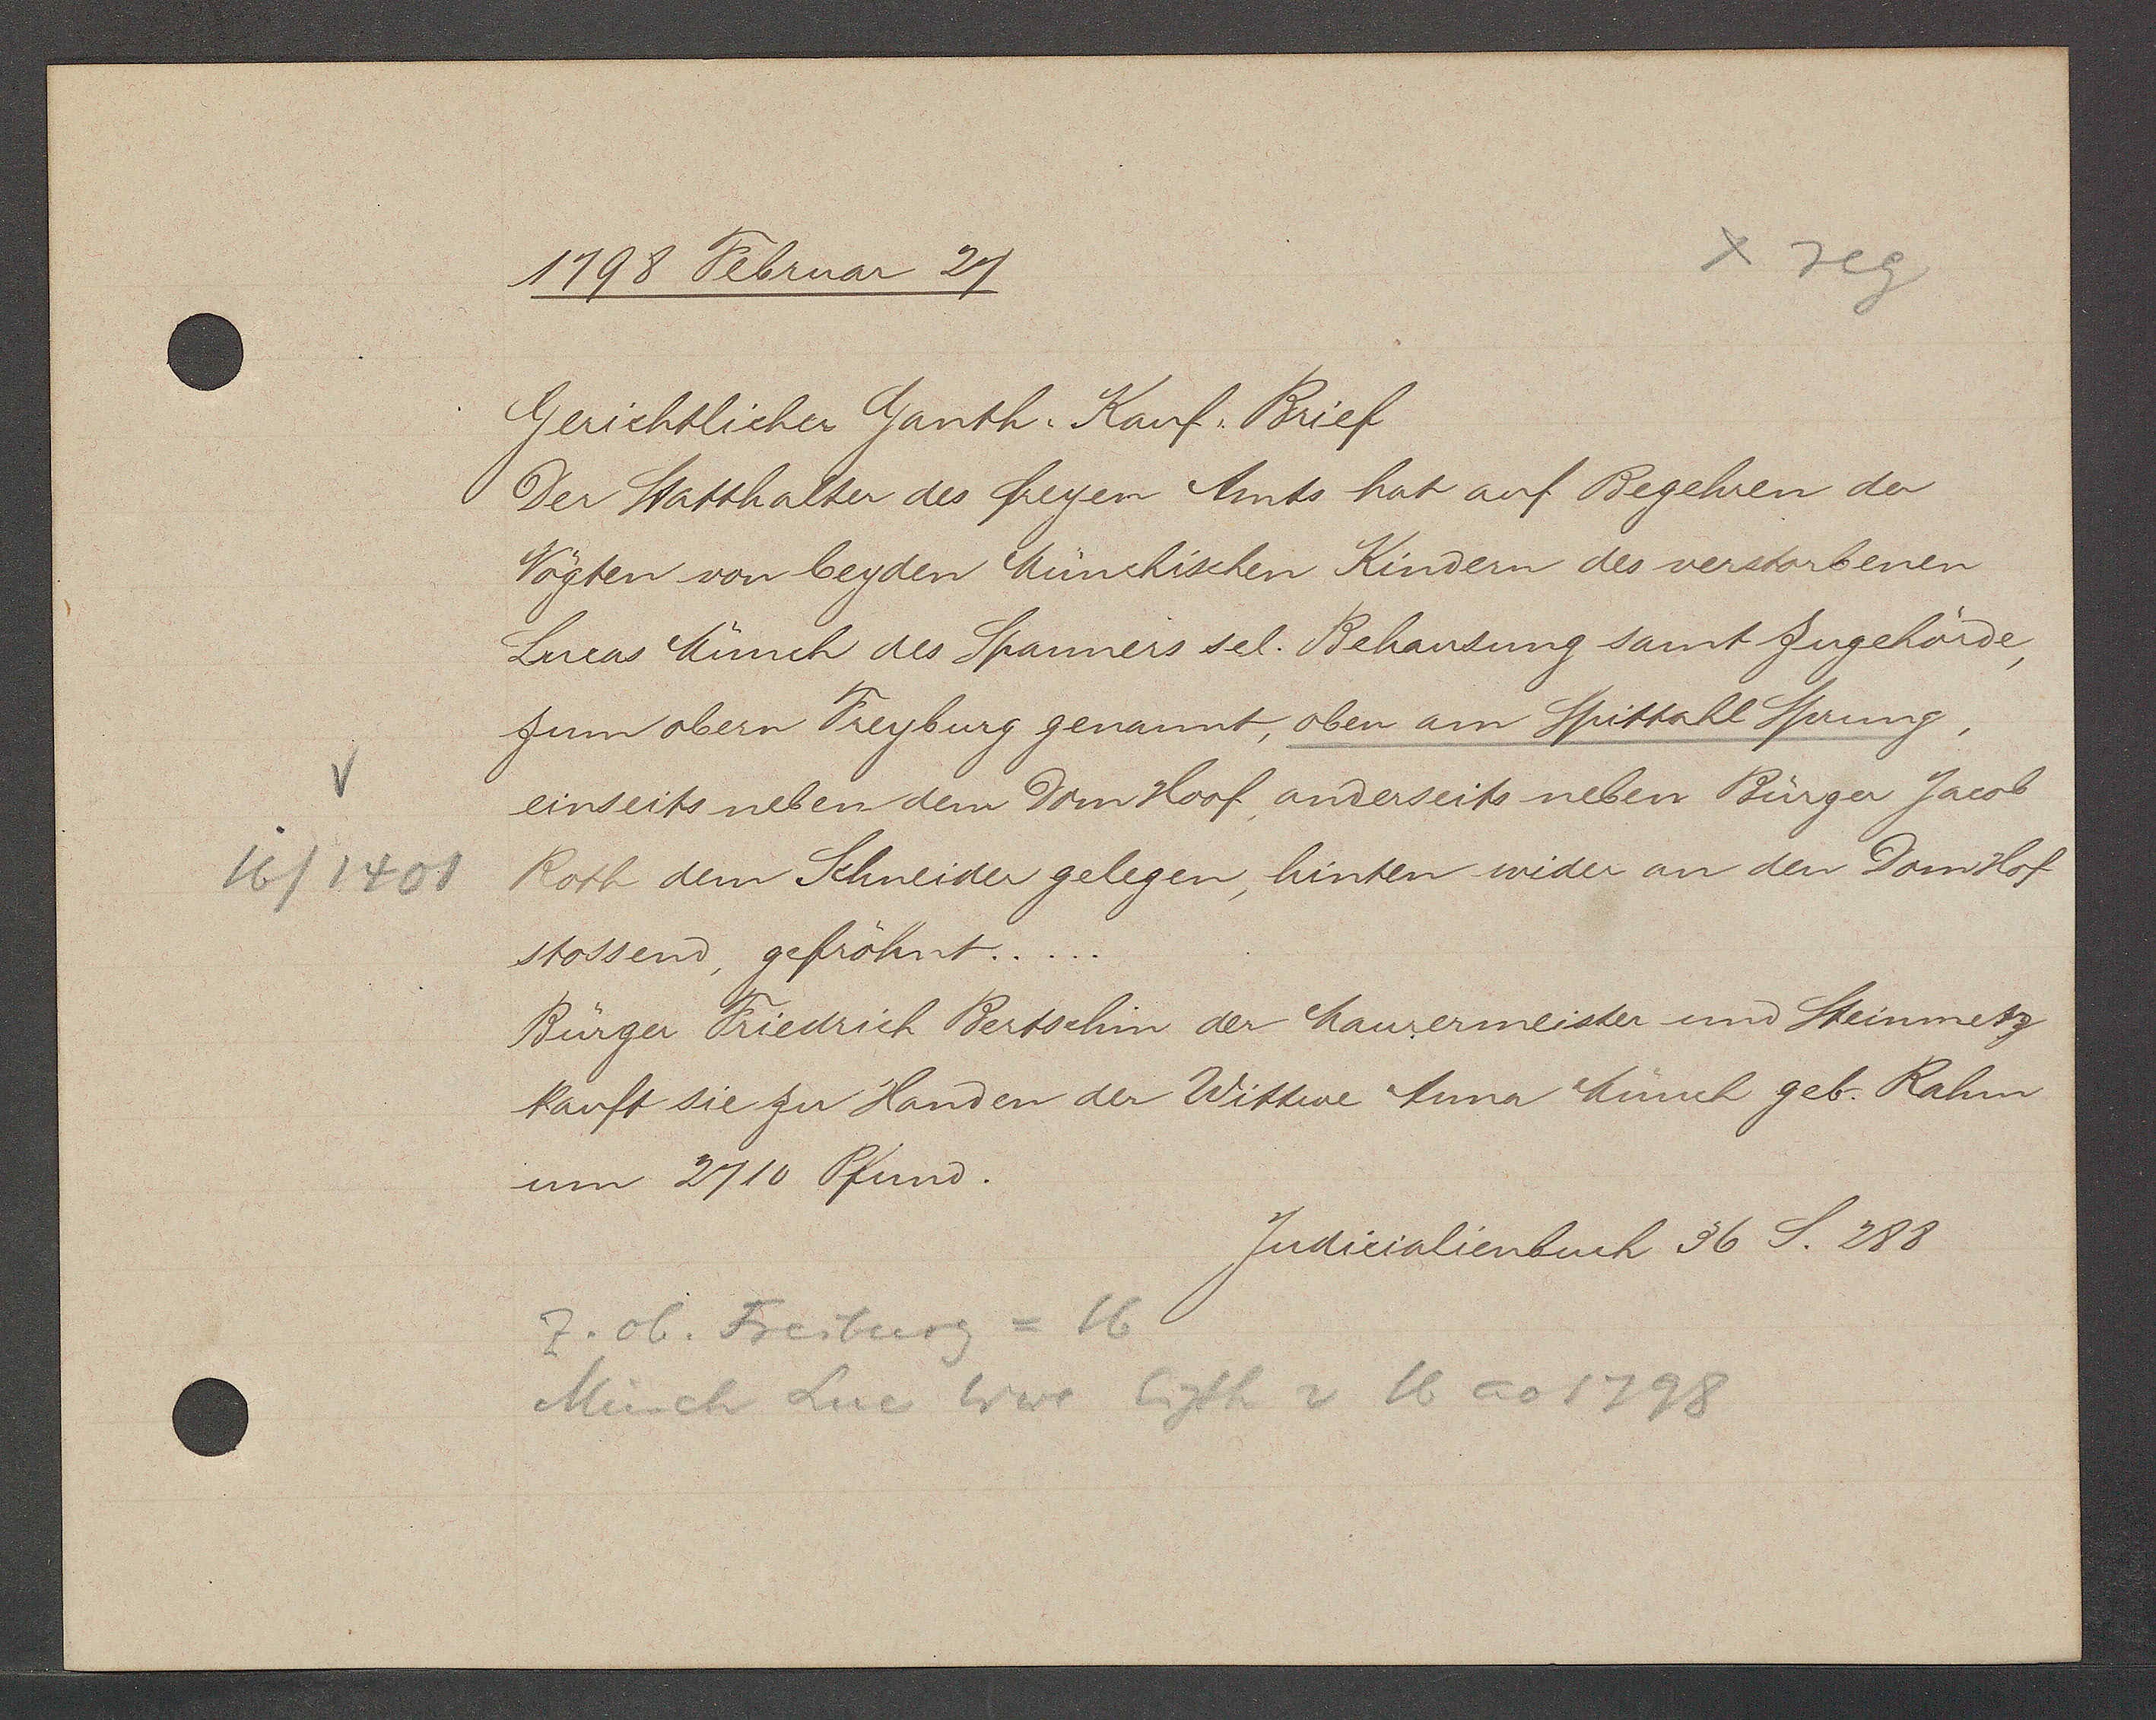
Transcript:
16/1401

1798 Februar 27.

Gerichtlicher Ganth. Kauf Brief
Der Statthalter des freyen Amts hat auf Begehren der
Vögten von beyden Münchischen Kindern des verstorbenen
Lucas Münch des Spanners sel. Behausung samt Zugehörde,
zum obern Freyburg genannt, oben am Spittahl Sprung,
einseits neben dem Dom Hoof, anderseits neben Bürger Jacob
Roth dem Schneider gelegen, hinten wider an den Dom Hof
stossend, gefröhnt..
Bürger Friedrich Bertschin der Maurermeister und Steinmetz
kauft sie zu Handen der Wittwe Anna Münch geb. Rahm
um 2710 Pfund.

Judicialienbuch 36 S. 288

z. ob. Freiburg = 16
Münch Luc Wwe Eigth v 16 ao 1798